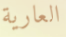
العارية